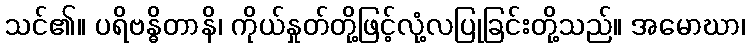
သင်၏။ ပရိဗန္ဓိတာနိ၊ ကိုယ်နှုတ်တို့ဖြင့်လုံ့လပြုခြင်းတို့သည်။ အမောဃာ၊